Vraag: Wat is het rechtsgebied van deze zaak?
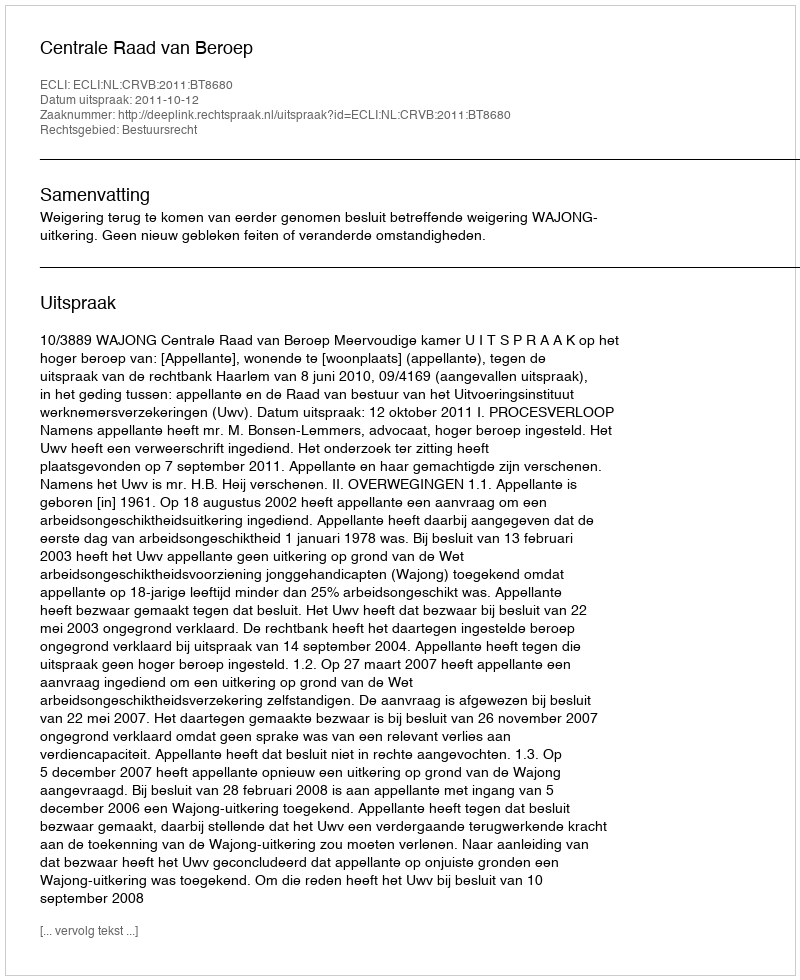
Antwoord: Bestuursrecht